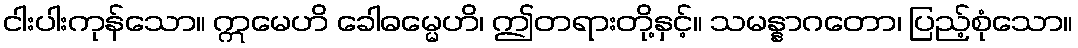
ငါးပါးကုန်သော။ ဣမေဟိ ခေါဓမ္မေဟိ၊ ဤတရားတို့နှင့်။ သမန္နာဂတော၊ ပြည့်စုံသော။